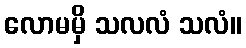
လောမမှိ သလလံ သလံ။